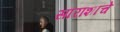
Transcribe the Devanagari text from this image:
सारांशाचे